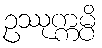
ဥဿုက္ကမ္ပိ